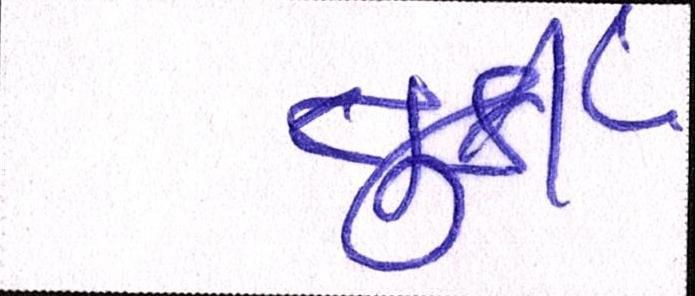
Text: તુર્કી